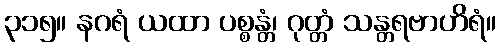
၃၁၅။ နဂရံ ယထာ ပစ္စန္တံ၊ ဂုတ္တံ သန္တရဗာဟိရံ။